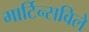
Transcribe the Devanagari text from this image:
मार्टिन्सविले